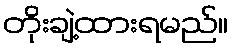
တိုးချဲ့ထားရမည်။